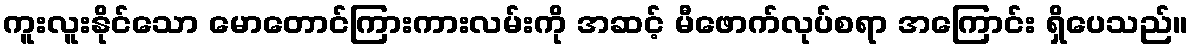
ကူးလူးနိုင်သော မောတောင်ကြားကားလမ်းကို အဆင့် မီဖောက်လုပ်စရာ အကြောင်း ရှိပေသည်။